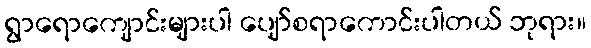
ရွာရောကျောင်းများပါ ပျော်စရာကောင်းပါတယ် ဘုရား။